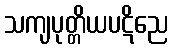
သကျပုတ္တိယပဋိညေ